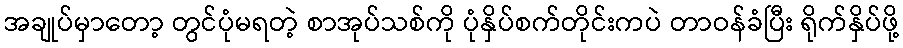
အချုပ်မှာတော့ တွင်ပုံမရတဲ့ စာအုပ်သစ်ကို ပုံနှိပ်စက်တိုင်းကပဲ တာဝန်ခံပြီး ရိုက်နှိပ်ဖို့